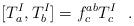
LaTeX: \begin{align*}[ T^{I}_{a} , T^{I}_{b} ] = f^{ab}_{c} T^{I}_{c}\ \ . \end{align*}